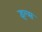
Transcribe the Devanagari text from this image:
इल्स